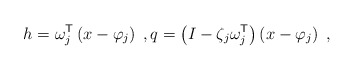
\begin{align*}h = \omega_j^{\sf T} \left( x - \varphi_j \right) \;, q = \left( I - \zeta_j \omega_j^{\sf T} \right) \left( x - \varphi_j \right) \;,\end{align*}